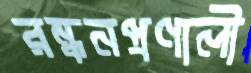
রন্ধনপ্রণালী